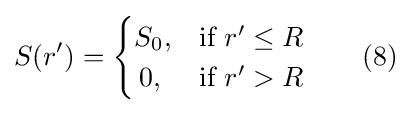
S(r')={\begin{cases}S_{0},&{\text{if }}r'\leq R\\\,0,&{\text{if }}r'>R\end{cases}}\qquad (8)